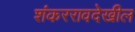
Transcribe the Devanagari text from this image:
शंकररावदेखील